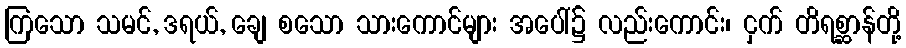
ကြသော သမင်, ဒရယ်, ချေ စသော သားကောင်များ အပေါ်၌ လည်းကောင်း၊ ငှက် တိရစ္ဆာန်တို့